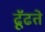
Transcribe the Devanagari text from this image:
ढूॅढते